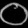
Digit: ၀